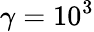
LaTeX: \gamma=10^{3}